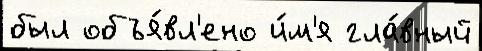
был объя́вл'ено и́м'я гла́вный